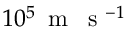
1 0 ^ { 5 } \, \mathrm { ~ m ~ \, ~ s ~ } ^ { - 1 }